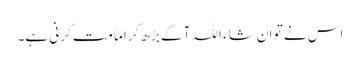
اس نے تو ان شاء اللہ آگے بڑھ کر امامت کرنی ہے۔